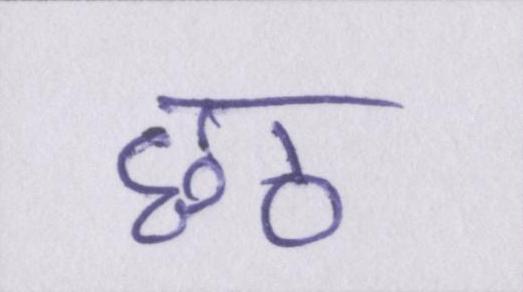
छठ